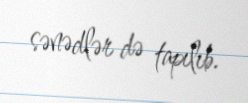
sənədlər də tapılıb.